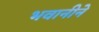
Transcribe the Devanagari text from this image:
भवानीने